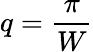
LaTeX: q=\frac{\pi}{W}